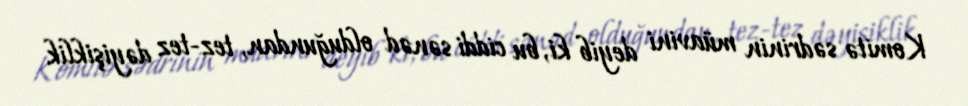
Komitə sədrinin müavini deyib ki, bu ciddi sənəd olduğundan, tez-tez dəyişiklik